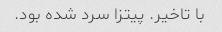
با تاخیر. پیتزا سرد شده بود.